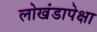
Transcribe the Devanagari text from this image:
लोखंडापेक्षा